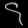
Digit: ၄